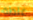
غلطة